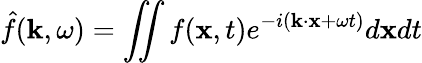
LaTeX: \hat{f}(\mathbf{k},\omega)=\iint f(\mathbf{x},t)e^{-i(\mathbf{k}\cdot\mathbf{x}+\omega t)}d\mathbf{x}dt